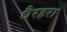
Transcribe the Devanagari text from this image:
धैरहरा